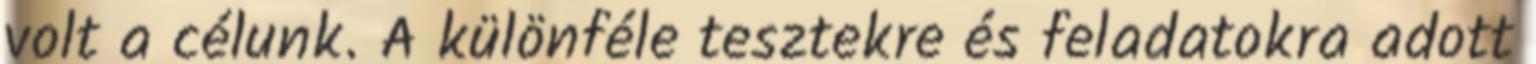
volt a célunk. A különféle tesztekre és feladatokra adott